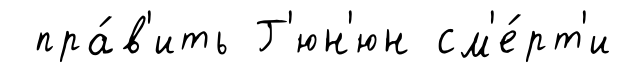
пра́в'ить Г'юн'юн см'е́рт'и